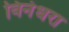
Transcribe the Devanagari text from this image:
विनंधरा